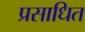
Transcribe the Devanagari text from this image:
प्रसाधित